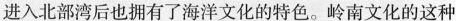
化在进入北部湾后也拥有了海洋文化的特色。岭南文化的这种